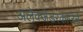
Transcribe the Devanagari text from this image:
अलेक्जेडरकाजेर्न